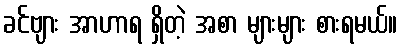
ခင်ဗျား အာဟာရ ရှိတဲ့ အစာ များများ စားရမယ်။